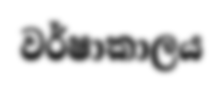
වර්ෂාකාලය